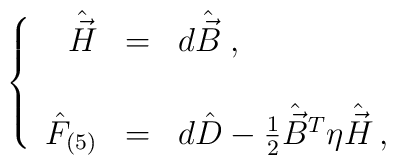
\left\{\begin{array}{rcl}\hat{\vec{H}} & = & d\hat{\vec{B}} \; , \\& & \\\hat{F}_{(5)} & = & d\hat{D}-{\textstyle\frac{1}{2}} \hat{\vec{B}}{}^{T}\eta \hat{\vec{H}} \, , \\\end{array}\right.